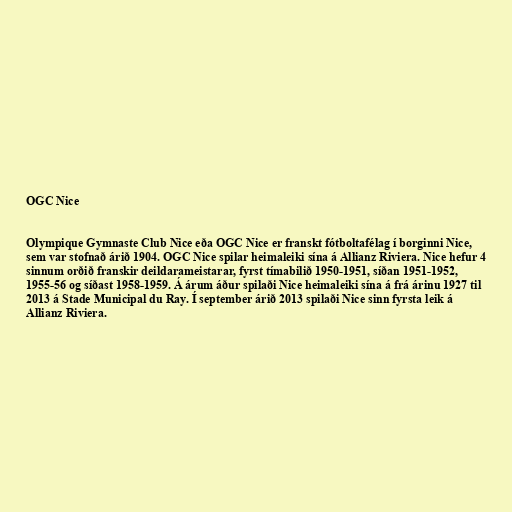
OGC Nice

Olympique Gymnaste Club Nice eða OGC Nice er franskt fótboltafélag í borginni Nice,
sem var stofnað árið 1904. OGC Nice spilar heimaleiki sína á Allianz Riviera. Nice hefur 4
sinnum orðið franskir deildarameistarar, fyrst tímabilið 1950-1951, síðan 1951-1952,
1955-56 og síðast 1958-1959. Á árum áður spilaði Nice heimaleiki sína á frá árinu 1927 til
2013 á Stade Municipal du Ray. Í september árið 2013 spilaði Nice sinn fyrsta leik á
Allianz Riviera.